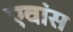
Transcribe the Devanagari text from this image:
एवांस